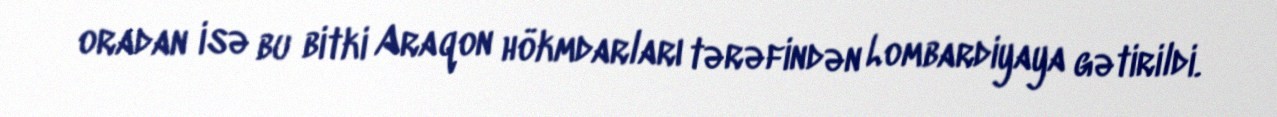
oradan isə bu bitki Araqon hökmdarları tərəfindən Lombardiyaya gətirildi.